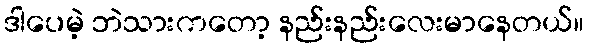
ဒါပေမဲ့ ဘဲသားကတော့ နည်းနည်းလေးမာနေတယ်။